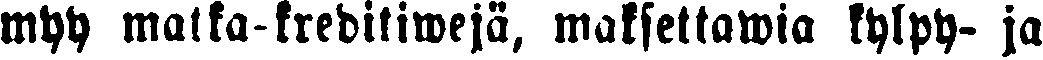
myy matka-kreditiwejä, maksettawia kylpy- ja